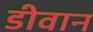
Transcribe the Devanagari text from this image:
डीवान